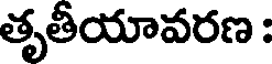
తృతీయావరణ :